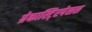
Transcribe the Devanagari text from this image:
ग्रेकास्टि्रपेसस